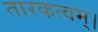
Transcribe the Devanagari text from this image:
तारकत्वम्।